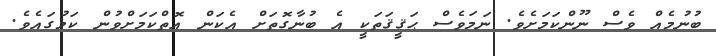
ބުނުމެއް ވެސް ނޫންކަމަށެވެ. ނަމަވެސް ޙަޤީޤަތަކީ އެ ބުނާގޮތަށް އެކަން އޮތްކަމަށްވުން ކަމުގައެވެ.